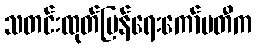
သတင်းထုတ်ပြန်ရေးကော်မတီက